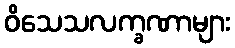
ဝိသေသလက္ခဏာများ